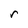
Character: r